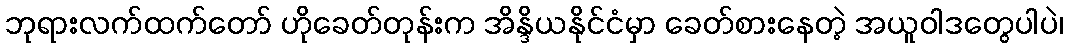
ဘုရားလက်ထက်တော် ဟိုခေတ်တုန်းက အိန္ဒိယနိုင်ငံမှာ ခေတ်စားနေတဲ့ အယူဝါဒတွေပါပဲ၊